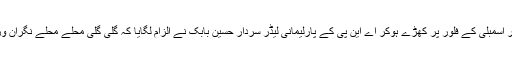
اپوزیشن جماعتوں نے اعتراضات اٹھالئے اور اسمبلی کے فلور پر کھڑے ہوکر اے این پی کے پارلیمانی لیڈر سردار حسین بابک نے الزام لگایا کہ گلی گلی محلے محلے نگران وزیراعلیٰ سے رقم لینے کی باتیں ہورہی ہیں ۔